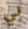
بي